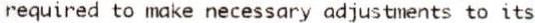
REQUIRED TO MAKE NECESSARY ADJUSTMENTS TO ITS